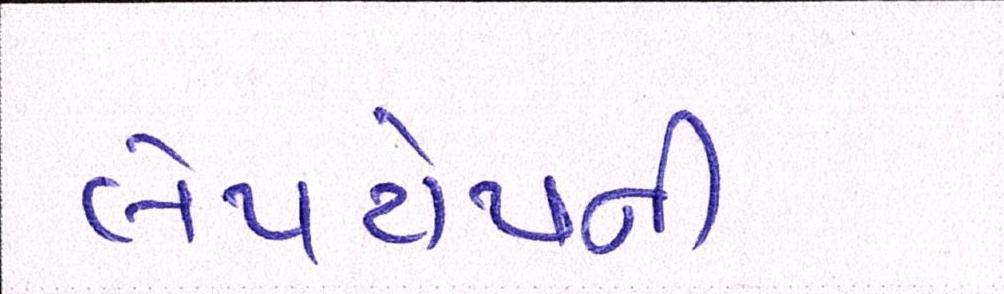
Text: લેપટોપની